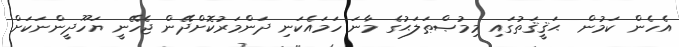
އެހެން ކަމުން  ޙަޤީޤަތުގައި މިމުޞްޠަލަޙުގެ މާނަ ހަމައެކަނި ދަންމަރުކޮށްދޭން ޖެހޭނީ ޔަހޫދީންނަކަށް